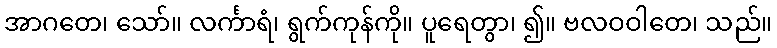
အာဂတေ၊ သော်။ လင်္ကာရံ၊ ရွက်ကုန်ကို။ ပူရေတွာ၊ ၍။ ဗလဝဝါတေ၊ သည်။